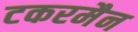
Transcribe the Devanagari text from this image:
टकरमैन